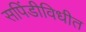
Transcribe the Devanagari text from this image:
सपिंडीविधीत